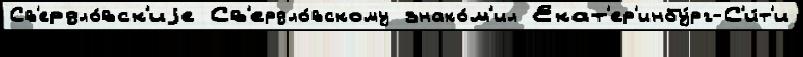
Св'ердло́вск'иjе Св'ердло́вскому знако́м'ил Екат'ер'инбу́рг-С'и́т'и